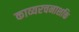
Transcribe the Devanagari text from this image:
काव्यरचनाशक्ति